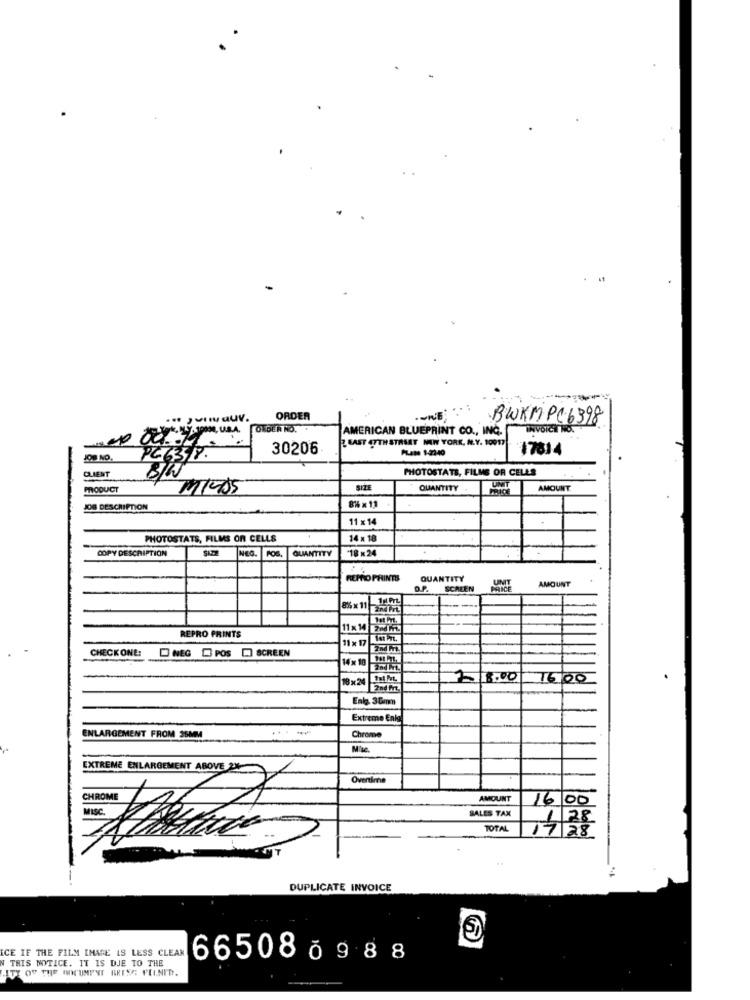
ORDER
BWKMPC6398
ONDER NO.
AMERICAN BLUEPRINT CO ., INC. INVOICE NO.
FAST OUTHSTRAAT NEW YORK, N.Y. 10017
30206
PLANe 1-2340
17814
JOD NO.
CLIENT
BIN
PHOTOSTATS, FILME OR CELLS
PRODUCT
QUANTITY
UNIT
AMOUNT
JOB DESCRIPTION
11 x 14
PHOTOSTATS, FILMS OF CELLS
14 × 18
COPY DESCRIPTION
QUANTITY
18× 24
REPRO PRINTS
QUANTITY
UNIT
SCREEN
PRICE
AMOUNT
8%× 11-1175
11 x 14 250 ML
REPRO PRINTS
11x 17 107 .7t.
CHECKONE:
NEG POS [ SCREEN
14x 10 -10 01
18 x24 30 ML.
2 8.00
16.00
2MM
Enla. 30mm
Extreme Enig
--- -
ENLARGEMENT FROM 35MM
Chrome
Mise.
EXTREME ENLARGEMENT ABOVE 2%
Overtime
CHROME
AMOUNT
16 00
SALES TAX
TOTAL
1 28
DUPLICATE INVOICE
ICE IF THE FILM IMAGE 19 LESS CLEAN
W THIS NOTICE. IT IS DJE TO THE
665080988